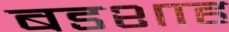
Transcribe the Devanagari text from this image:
बडशाह